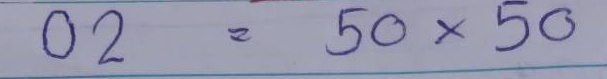
02 = 50 x 50